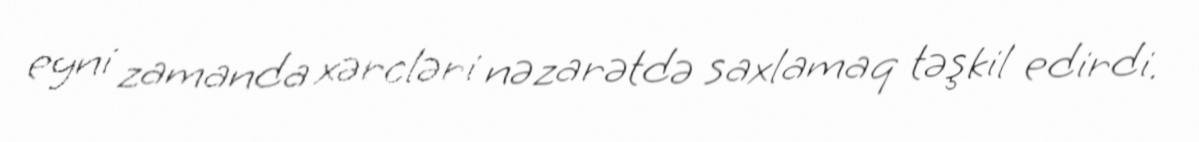
eyni zamanda xərcləri nəzarətdə saxlamaq təşkil edirdi.